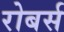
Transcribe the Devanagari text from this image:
रोबर्स